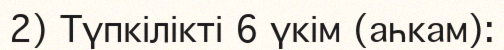
2) Түпкілікті 6 үкім (аһкам):